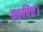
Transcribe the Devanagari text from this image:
ठहरिए।